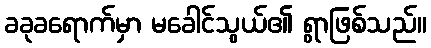
ခခုခရောက်မှာ မခေါင်သွယ်၏ ရွာဖြစ်သည်။